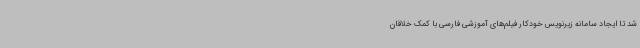
شد تا ایجاد سامانه زیرنویس خودکار فیلم‌های آموزشی فارسی با کمک خلاقان